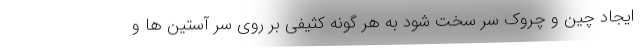
ایجاد چین و چروک سر سخت شود به هر گونه کثیفی بر روی سر آستین ها و